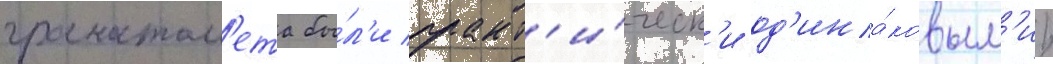
гранатом'ета бы́л'и практ'и́ческ'и од'ина́ковым'и.